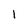
Character: 1